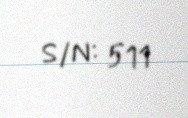
S/N: 511